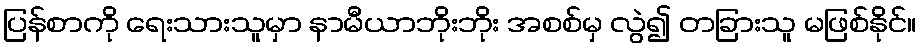
ပြန်စာကို ရေးသားသူမှာ နာမီယာဘိုးဘိုး အစစ်မှ လွဲ၍ တခြားသူ မဖြစ်နိုင်။